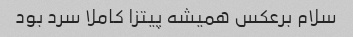
سلام برعکس همیشه پیتزا کاملا سرد بود